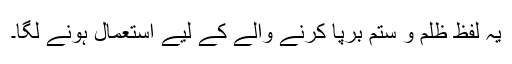
یہ لفظ ظلم و ستم برپا کرنے والے کے لیے استعمال ہونے لگا۔